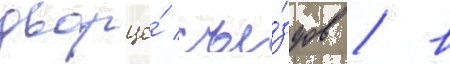
дворце́ съе́здов / в